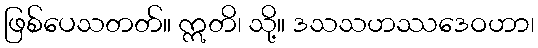
ဖြစ်ပေသတတ်။ ဣတိ၊ သို့။ ဒသသဟဿဒေဝဟာ၊